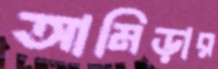
আমিড়ার